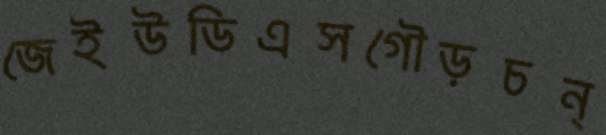
জেইউডিএসগৌড়চন্